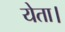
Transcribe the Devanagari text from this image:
येता।